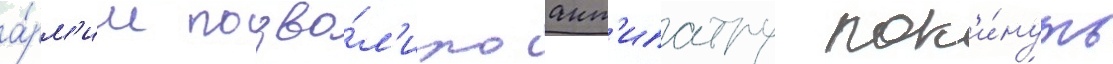
а́рм'ии позво́л'ило ант'ипатру пок'и́нуть